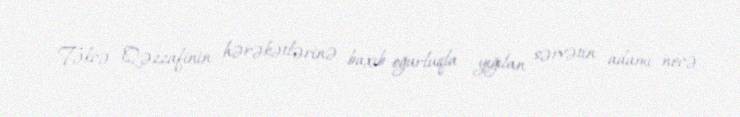
Təkcə Qəzzafinin hərəkətlərinə baxıb oğurluqla yığılan sərvətin adamı necə